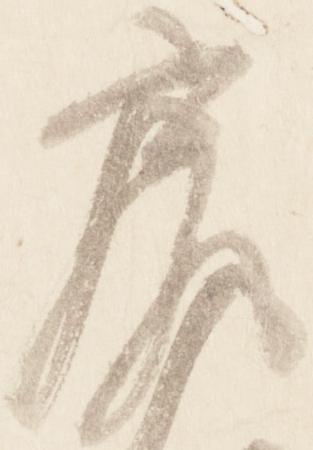
尻